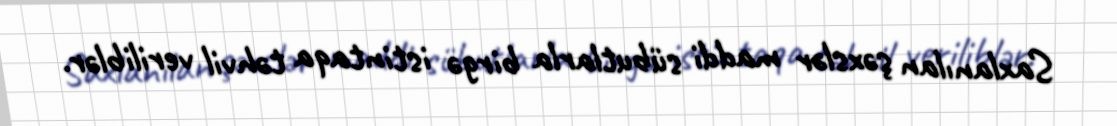
Saxlanılan şəxslər maddi sübutlarla birgə istintaqa təhvil veriliblər.